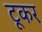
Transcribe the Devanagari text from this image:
टूकर